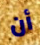
أن